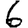
Digit: 6